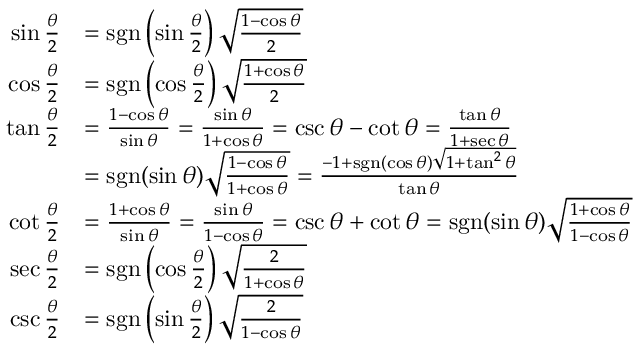
{ \begin{array} { r l } { \sin { \frac { \theta } { 2 } } } & { = \operatorname { s g n } \left( \sin { \frac { \theta } { 2 } } \right) { \sqrt { \frac { 1 - \cos \theta } { 2 } } } } \\ { \cos { \frac { \theta } { 2 } } } & { = \operatorname { s g n } \left( \cos { \frac { \theta } { 2 } } \right) { \sqrt { \frac { 1 + \cos \theta } { 2 } } } } \\ { \tan { \frac { \theta } { 2 } } } & { = { \frac { 1 - \cos \theta } { \sin \theta } } = { \frac { \sin \theta } { 1 + \cos \theta } } = \csc \theta - \cot \theta = { \frac { \tan \theta } { 1 + \sec { \theta } } } } \\ & { = \operatorname { s g n } ( \sin \theta ) { \sqrt { \frac { 1 - \cos \theta } { 1 + \cos \theta } } } = { \frac { - 1 + \operatorname { s g n } ( \cos \theta ) { \sqrt { 1 + \tan ^ { 2 } \theta } } } { \tan \theta } } } \\ { \cot { \frac { \theta } { 2 } } } & { = { \frac { 1 + \cos \theta } { \sin \theta } } = { \frac { \sin \theta } { 1 - \cos \theta } } = \csc \theta + \cot \theta = \operatorname { s g n } ( \sin \theta ) { \sqrt { \frac { 1 + \cos \theta } { 1 - \cos \theta } } } } \\ { \sec { \frac { \theta } { 2 } } } & { = \operatorname { s g n } \left( \cos { \frac { \theta } { 2 } } \right) { \sqrt { \frac { 2 } { 1 + \cos \theta } } } } \\ { \csc { \frac { \theta } { 2 } } } & { = \operatorname { s g n } \left( \sin { \frac { \theta } { 2 } } \right) { \sqrt { \frac { 2 } { 1 - \cos \theta } } } } \end{array} }